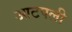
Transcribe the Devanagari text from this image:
आटपली